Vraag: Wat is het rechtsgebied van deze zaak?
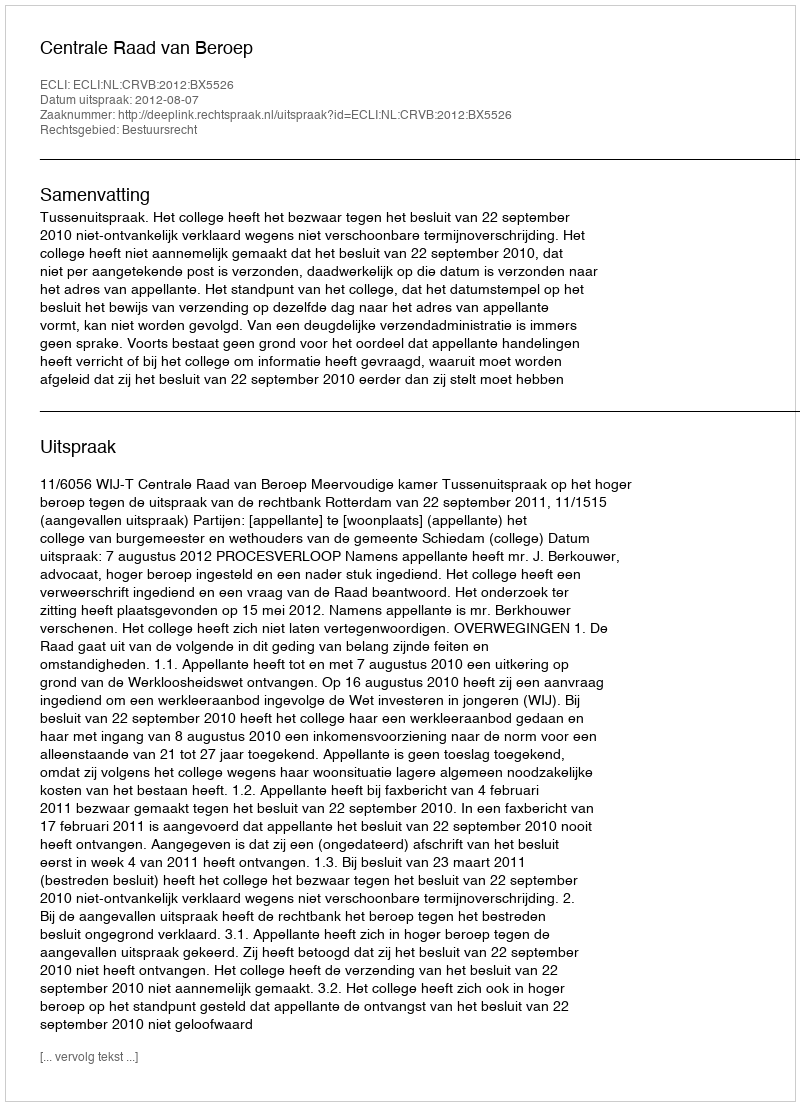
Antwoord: Bestuursrecht